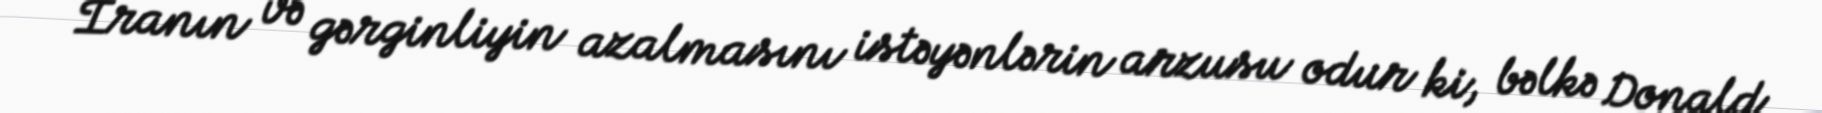
İranın və gərginliyin azalmasını istəyənlərin arzusu odur ki, bəlkə Donald